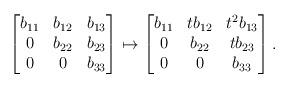
LaTeX: \begin{align*}\begin{bmatrix}b_{11} & b_{12} & b_{13} \\ 0 & b_{22} & b_{23} \\ 0 & 0 & b_{33}\end{bmatrix}\mapsto \begin{bmatrix}b_{11} & tb_{12} & t^2 b_{13} \\ 0 & b_{22} & t b_{23} \\0 & 0 & b_{33}\end{bmatrix}.\end{align*}